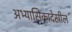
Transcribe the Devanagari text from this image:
अभ्यासिकादेखील